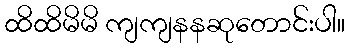
ထိထိမိမိ ကျကျနနဆုတောင်းပါ။